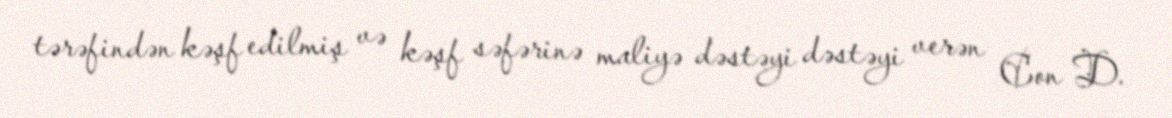
tərəfindən kəşf edilmiş və kəşf səfərinə maliyə dəstəyi dəstəyi verən Con D.